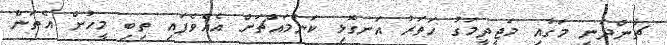
ޗާންދަނީ މަގާއި މަޖީދީމަގު ހަތަރު އަނގޮޅި ކަންމައްޗަށް އެއްވެފައި ތިބި މީހުން އެތަން